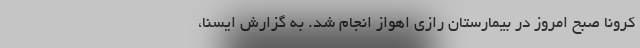
کرونا صبح امروز در بیمارستان رازی اهواز انجام شد. به گزارش ایسنا،